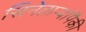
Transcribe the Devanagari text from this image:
सिनेताऱ्यांपैकी